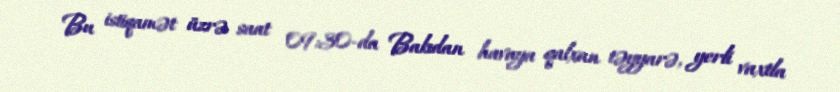
Bu istiqamət üzrə saat 09:30-da Bakıdan havaya qalxan təyyarə, yerli vaxtla